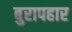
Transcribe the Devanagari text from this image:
बुरापहार